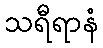
သရီရာနံ